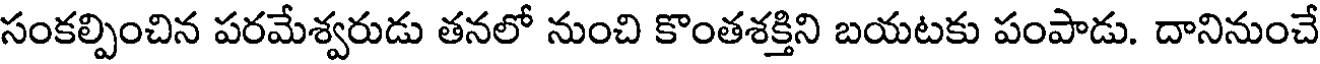
సంకల్పించిన పరమేశ్వరుడు తనలో నుంచి కొంతశక్తిని బయటకు పంపాడు. దానినుంచే